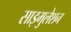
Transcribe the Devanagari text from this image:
साइमुलेशन